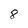
Character: 8